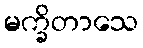
မက္ခိတာသေ